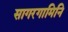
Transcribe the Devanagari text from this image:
सागरगामिनि